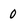
Character: 0